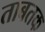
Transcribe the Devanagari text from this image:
ताबतक